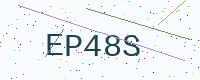
Text: EP48S